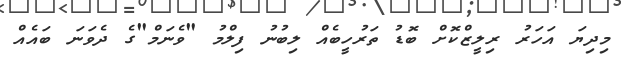
މިދިޔަ އަހަރު ރިލީޒްކޮށް ބޮޑު ތަރުހީބެއް ލިބުނު ފިލްމު "ވެނަމް"ގެ ދެވަނަ ބައެއް